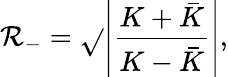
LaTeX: \mathcal{R}_{-}=\sqrt{}{{\left|\frac{{K+\bar{{K}}}}{{K-\bar{{K}}}}\right|}},